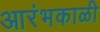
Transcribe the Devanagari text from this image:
आरंभकाळी